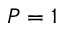
P = 1